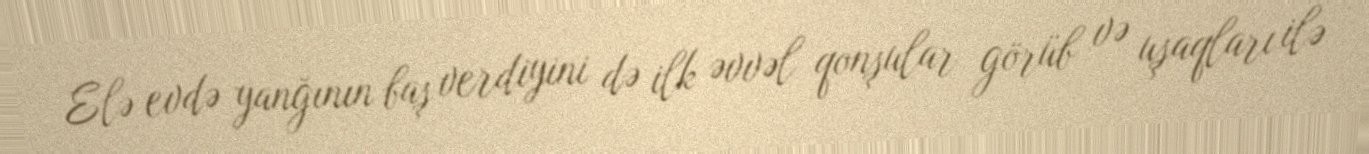
Elə evdə yanğının baş verdiyini də ilk əvvəl qonşular görüb və uşaqları ilə